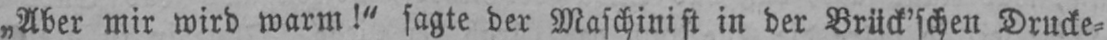
„Aber mir wird warm!“ sagte der Maschinist in der Brück’schen Drucke⸗